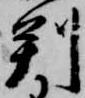
判